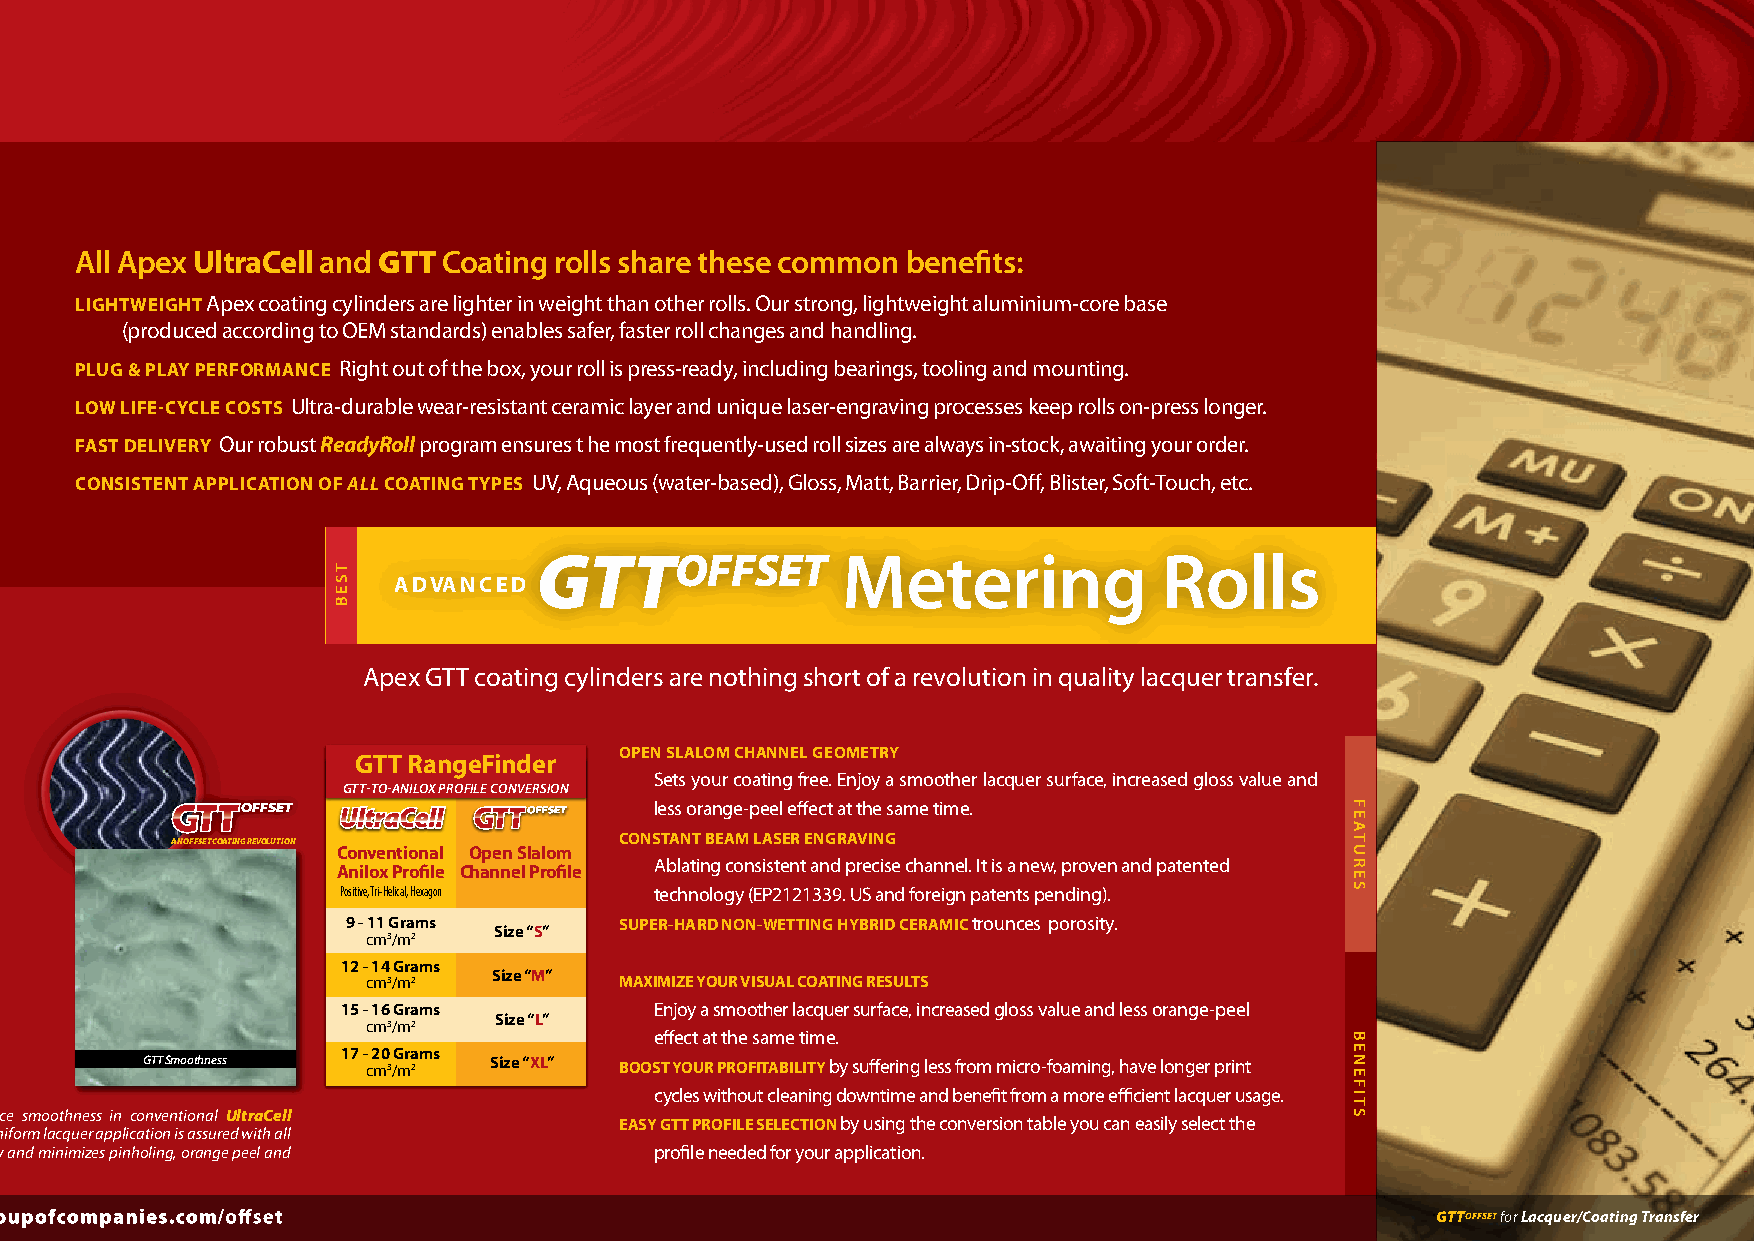
All Apex UltraCell and GTT Coating rolls share these common benefits:
 LIGhTwEIGhT Apex coating cylinders are lighter in weight than other rolls. Our strong, lightweight aluminium-core base
 (produced according to OEM standards) enables safer, faster roll changes and handling.
 pLUG & pLAy pERfORMANCE Right out of the box, your roll is press-ready, including bearings, tooling and mounting.
 LOw LIfE-CyCLE COsTs Ultra-durable wear-resistant ceramic layer and unique laser-engraving processes keep rolls on-press longer.
 fAsT dELIVERy Our robust ReadyRoll program ensures t he most frequently-used roll sizes are always in-stock, awaiting your order.
 CONsIsTENT AppLICATION Of aLL COATING TypEs UV, Aqueous (water-based), Gloss, Matt, Barrier, Drip-Off, Blister, Soft-Touch, etc.
 gTTOffSET            Metering             Rolls
 A d VA N C E d
 Apex GTT coating cylinders are nothing short of a revolution in quality lacquer transfer.
 OpEN sLALOM ChANNEL GEOMETRy
 GTT Rangefinder
 Sets your coating free. Enjoy a smoother lacquer surface, increased gloss value and
 GTT-To-AnILox PRoFILE ConvERSIon
 UltraCell            less orange-peel effect at the same time.
 CONsTANT BEAM LAsER ENGRAVING
 AN OffSET COATINg REvOLUTION
 Conventional Open slalom
 Anilox profile Channel profile
 Ablating consistent and precise channel. It is a new, proven and patented
 Positive, Tri-Helical, Hexagon technology (EP2121339. US and foreign patents pending).
 9 - 11 Grams      sUpER-hARd NON-wETTING hyBRId CERAMIC trounces porosity.
 size “s”
 cm3/m2
 12 - 14 Grams
 cm3/m2   size “M” MAxIMIzE yOUR VIsUAL COATING REsULTs
 15 - 16 Grams       Enjoy a smoother lacquer surface, increased gloss value and less orange-peel
 size “L”
 cm3/m2
 effect at the same time.
 17 - 20 Grams
 GTT Smoothness cm3/m2  size “xL” BOOsT yOUR pROfITABILITy by suffering less from micro-foaming, have longer print
 cycles without cleaning downtime and benefit from a more efficient lacquer usage.
 Micro-photographs compare lacquer surface smoothness in conventional UltraCell
 EAsy GTT pROfILE sELECTION by using the conversion table you can easily select the
 hexagonal cell anilox and gTTOffSET. While uniform lacquer application is assured with all
 Apex rolls, gTT maximizes consistent quality and minimizes pinholing, orange peel and profile needed for your application.
 other common coating complaints.
 gTTOffSET for Lacquer/Coating Transfer
 TSEB
 FEATURES
 BENEFITS